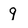
Character: q